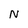
Character: N